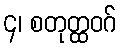
၄၊ စတုတ္ထဝဂ်